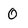
Character: 0